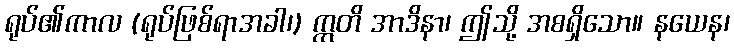
ရုပ်၏ကာလ (ရုပ်ဖြစ်ရာအခါ၊) ဣတိ အာဒိနာ၊ ဤသို့ အစရှိသော။ နယေန၊